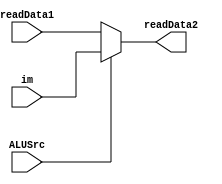
module MUX32 (
  input ALUSrc,
  input[31:0] readData1,
  input[31:0] im,
  output[31:0] readData2
);
  assign readData2 = ALUSrc ? im : readData1;

endmodule